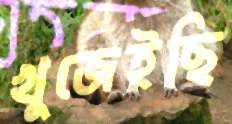
খুজেইছি